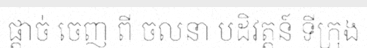
ផ្តាច់ ចេញ ពី ចលនា បដិវត្តន៍ ទីក្រុង